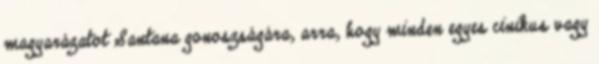
magyarázatot Santana gonoszságára, arra, hogy minden egyes cinikus vagy